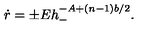
\dot { r } = \pm E h _ { - } ^ { - A + ( n - 1 ) b / 2 } .